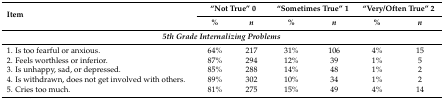
| <ROWSPAN=2> Item | <COLSPAN=2> “Not True” 0 | <COLSPAN=2> “Sometimes True” 1 | <COLSPAN=2> “Very/Often True” 2 |
 | % | n | % | n | % | n |
 | --- | --- | --- | --- | --- | --- | --- |
 | <COLSPAN=7> 5th Grade Internalizing Problems |
 | 1. Is too fearful or anxious. | 64% | 217 | 31% | 106 | 4% | 15 |
 | 2. Feels worthless or inferior. | 87% | 294 | 12% | 39 | 1% | 5 |
 | 3. Is unhappy, sad, or depressed. | 85% | 288 | 14% | 48 | 1% | 2 |
 | 4. Is withdrawn, does not get involved with others. | 89% | 302 | 10% | 34 | 1% | 2 |
 | 5. Cries too much. | 81% | 275 | 15% | 49 | 4% | 14 |